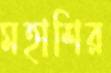
মহাশির